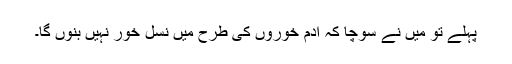
پہلے تو میں نے سوچا کہ آدم خوروں کی طرح میں نسل خور نہیں بنوں گا۔